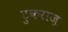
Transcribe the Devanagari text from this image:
टुकराज़